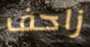
زاحف